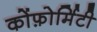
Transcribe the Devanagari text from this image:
कोंफ़ोर्मिटी